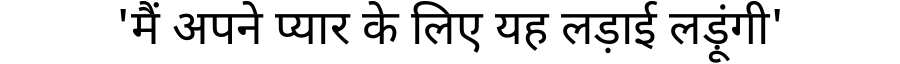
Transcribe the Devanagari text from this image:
'मैं अपने प्यार के लिए यह लड़ाई लड़ूंगी'